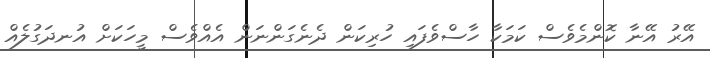
އޭރު އޭނާ ކޮންމެވެސް ކަމަކާ ހާސްވެފައި ހުރިކަން ދެނެގަންނަން އެއްވެސް މީހަކަށް އުނދަގުލެއް